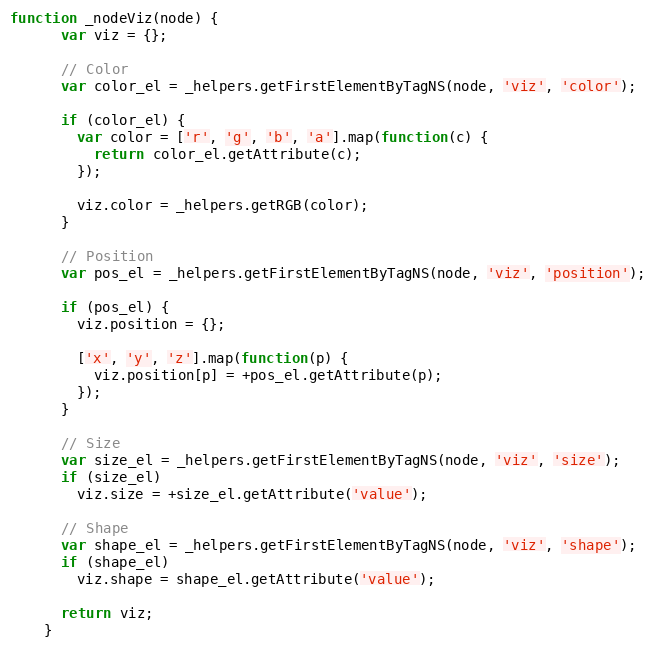
Language: JavaScript
function _nodeViz(node) {
      var viz = {};

      // Color
      var color_el = _helpers.getFirstElementByTagNS(node, 'viz', 'color');

      if (color_el) {
        var color = ['r', 'g', 'b', 'a'].map(function(c) {
          return color_el.getAttribute(c);
        });

        viz.color = _helpers.getRGB(color);
      }

      // Position
      var pos_el = _helpers.getFirstElementByTagNS(node, 'viz', 'position');

      if (pos_el) {
        viz.position = {};

        ['x', 'y', 'z'].map(function(p) {
          viz.position[p] = +pos_el.getAttribute(p);
        });
      }

      // Size
      var size_el = _helpers.getFirstElementByTagNS(node, 'viz', 'size');
      if (size_el)
        viz.size = +size_el.getAttribute('value');

      // Shape
      var shape_el = _helpers.getFirstElementByTagNS(node, 'viz', 'shape');
      if (shape_el)
        viz.shape = shape_el.getAttribute('value');

      return viz;
    }